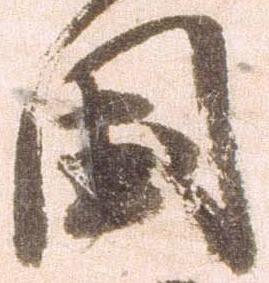
国